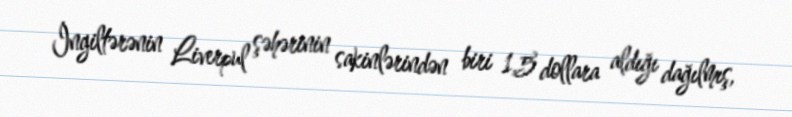
İngiltərənin Liverpul şəhərinin sakinlərindən biri 1,5 dollara aldığı dağılmış,